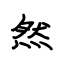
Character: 然